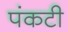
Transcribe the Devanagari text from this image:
पंकटी